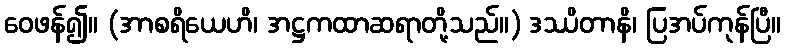
ဝေဖန်၍။ (အာစရိယေဟိ၊ အဋ္ဌကထာဆရာတို့သည်။) ဒဿိတာနိ၊ ပြအပ်ကုန်ပြီ။